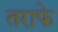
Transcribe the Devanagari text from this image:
तराफे